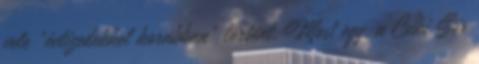
vele „évtizedekkel korábban” történt. Most egy, a Csíki Sör